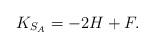
LaTeX: \begin{align*}K_{S_A}=-2H+F.\end{align*}